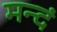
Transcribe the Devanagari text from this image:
मन्दं